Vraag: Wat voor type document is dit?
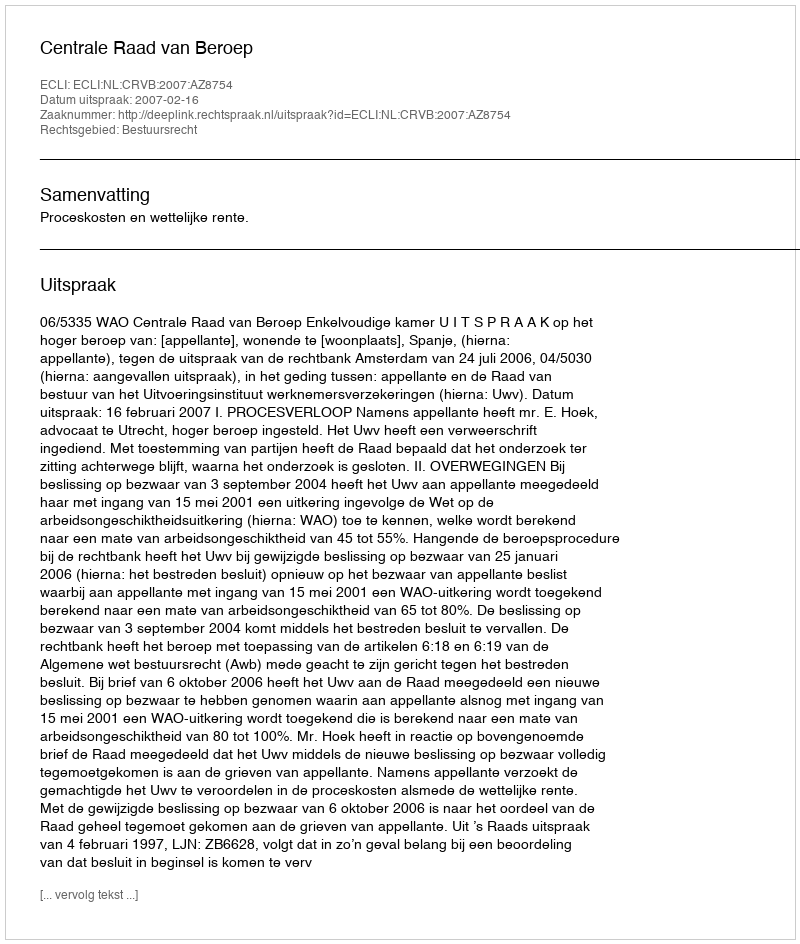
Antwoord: Uitspraak